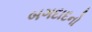
બગદાદનો